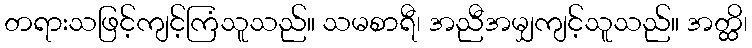
တရားသဖြင့်ကျင့်ကြံသူသည်။ သမစာရီ၊ အညီအမျှကျင့်သူသည်။ အတ္ထိ၊